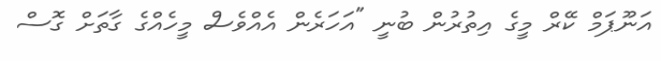
އަނޫޕަމް ކޭރް މީގެ އިތުރުން ބުނީ "އަހަރެން އެއްވެސް މީހެއްގެ ގާތަށް ގޮސް